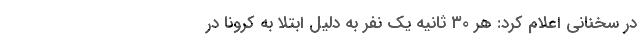
در سخنانی اعلام کرد: هر ۳۰ ثانیه یک نفر به دلیل ابتلا به کرونا در